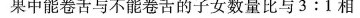
果中能卷舌与不能卷舌的子女数量比与3:1相